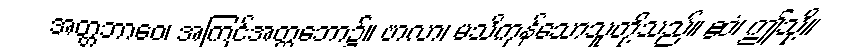
အတ္တဘာဝေ၊ အကြင်အတ္တဘော၌။ ဗာလာ၊ မသိကုန်သောသူတို့သည်။ ဧဝံ၊ ဤသို့။